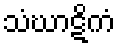
သံဃာဋိကံ